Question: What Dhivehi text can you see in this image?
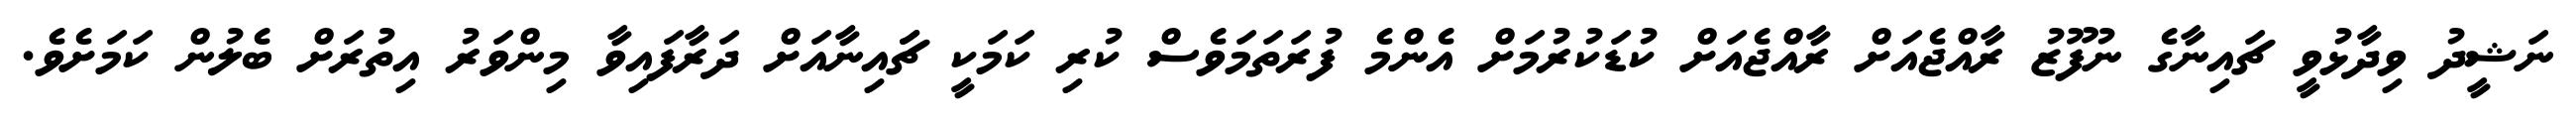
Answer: ނަޝީދު ވިދާޅުވީ ޗައިނާގެ ނުފޫޒު ރާއްޖެއަށް ރާއްޖެއަށް ކުޑަކުރުމަށް އެންމެ ފުރަތަމަވެސް ކުރި ކަމަކީ ޗަައިނާއަށް ދަރާފައިވާ މިންވަރު އިތުރަށް ބެލުން ކަމަށެވެ.